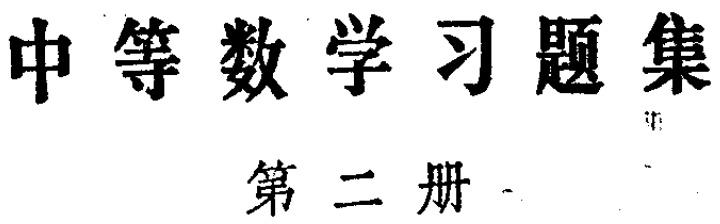
\text{中等数学习题集}\\

第二册